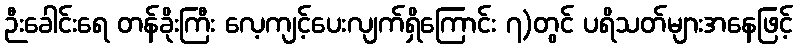
ဉီးခေါင်းရေ တန်ခိုးကြီး လေ့ကျင့်ပေးလျက်ရှိကြောင်း ၇)တွင် ပရိသတ်များအနေဖြင့်